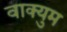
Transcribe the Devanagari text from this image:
वाक्युम